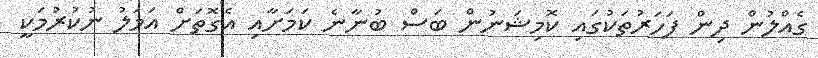
ގެއްލުން ދިން ފަހަރުތަކުގައި ކޮމިޝަނުން ބަސް ބުނާނެ ކަމަށާއި އެގޮތަށް އަމަލު ނުކުރުމަކީ